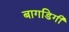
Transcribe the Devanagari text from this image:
बागडिगी